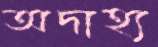
অদাহ্য